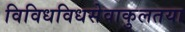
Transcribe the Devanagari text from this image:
विविधविधसेवाकुलतया